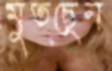
মুতছেন